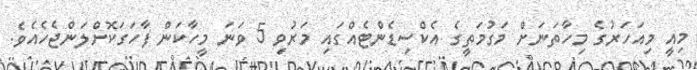
މިއީ މިއަހަރުގެ މިހާތަނަށް މަގުމަތީގެ އެކްސިޑެންޓެއްގައި މަރުވި 5 ވަނަ މީހާކަން ފާހަގަކޮށްލަންޖެހެއެވެ.